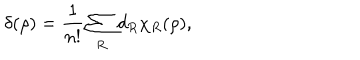
\delta ( \rho ) = \frac { 1 } { n ! } \sum _ { R } ^ { } d _ { R } \chi _ { R } ( \rho ) ,